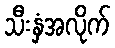
သီးနှံအလိုက်